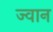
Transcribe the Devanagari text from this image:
ज्वान